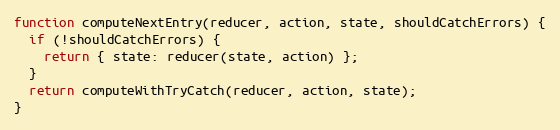
Language: JavaScript
function computeNextEntry(reducer, action, state, shouldCatchErrors) {
  if (!shouldCatchErrors) {
    return { state: reducer(state, action) };
  }
  return computeWithTryCatch(reducer, action, state);
}